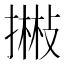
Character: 𢴻